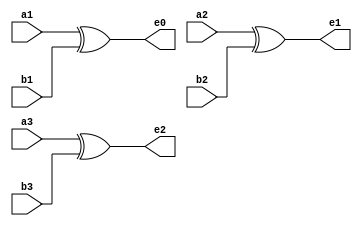
module error(
	input a1, a2, a3, b1, b2, b3,
	output e0, e1, e2
);

xor g1(e0, a1, b1);
xor g2(e1, a2, b2);
xor g3(e2, a3, b3);

endmodule